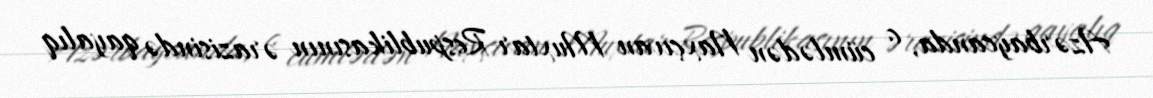
Azərbaycanda, o cümlədən Naxçıvan Muxtar Respublikasının ərazisində qayalıq